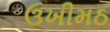
ઉખીમઠ